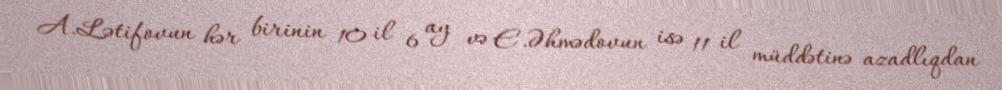
A.Lətifovun hər birinin 10 il 6 ay və E.Əhmədovun isə 11 il müddətinə azadlıqdan